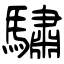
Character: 驌